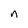
Character: n